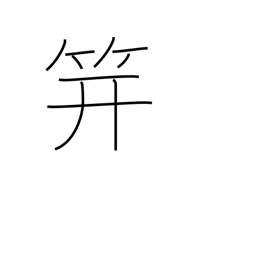
Meaning: hairpin